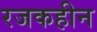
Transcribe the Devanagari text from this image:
रजकहीन